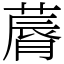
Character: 䔚